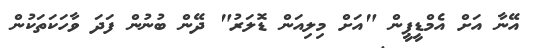
އޭނާ އަށް އެމްޑީޕީން "އަށް މިލިއަން ޑޮލަރު" ދޭން ބުނުން ފަދަ ވާހަކަތަކުން